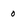
Character: 0